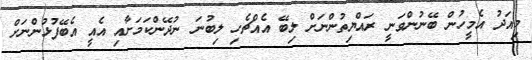
މިއަދު އެމީހުން ބޭނުންވަނީ ރައްޔިތުންނަށް ލިބޭ އެއްޗެހި ލިބުނަ ނުދޭންކަމަށާއި އެއީ އެބޭފުޅުންނަށް